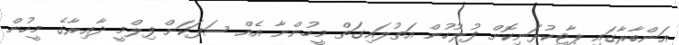
އަންބާރާގައި ޕާޓީކުރަނިކޮށް ފުލުހުން އަތުލައިގަތް މީހުންނާ އެއް ސަފަކަށް ފިލްމީ ދާއިރާގެ މީހުން